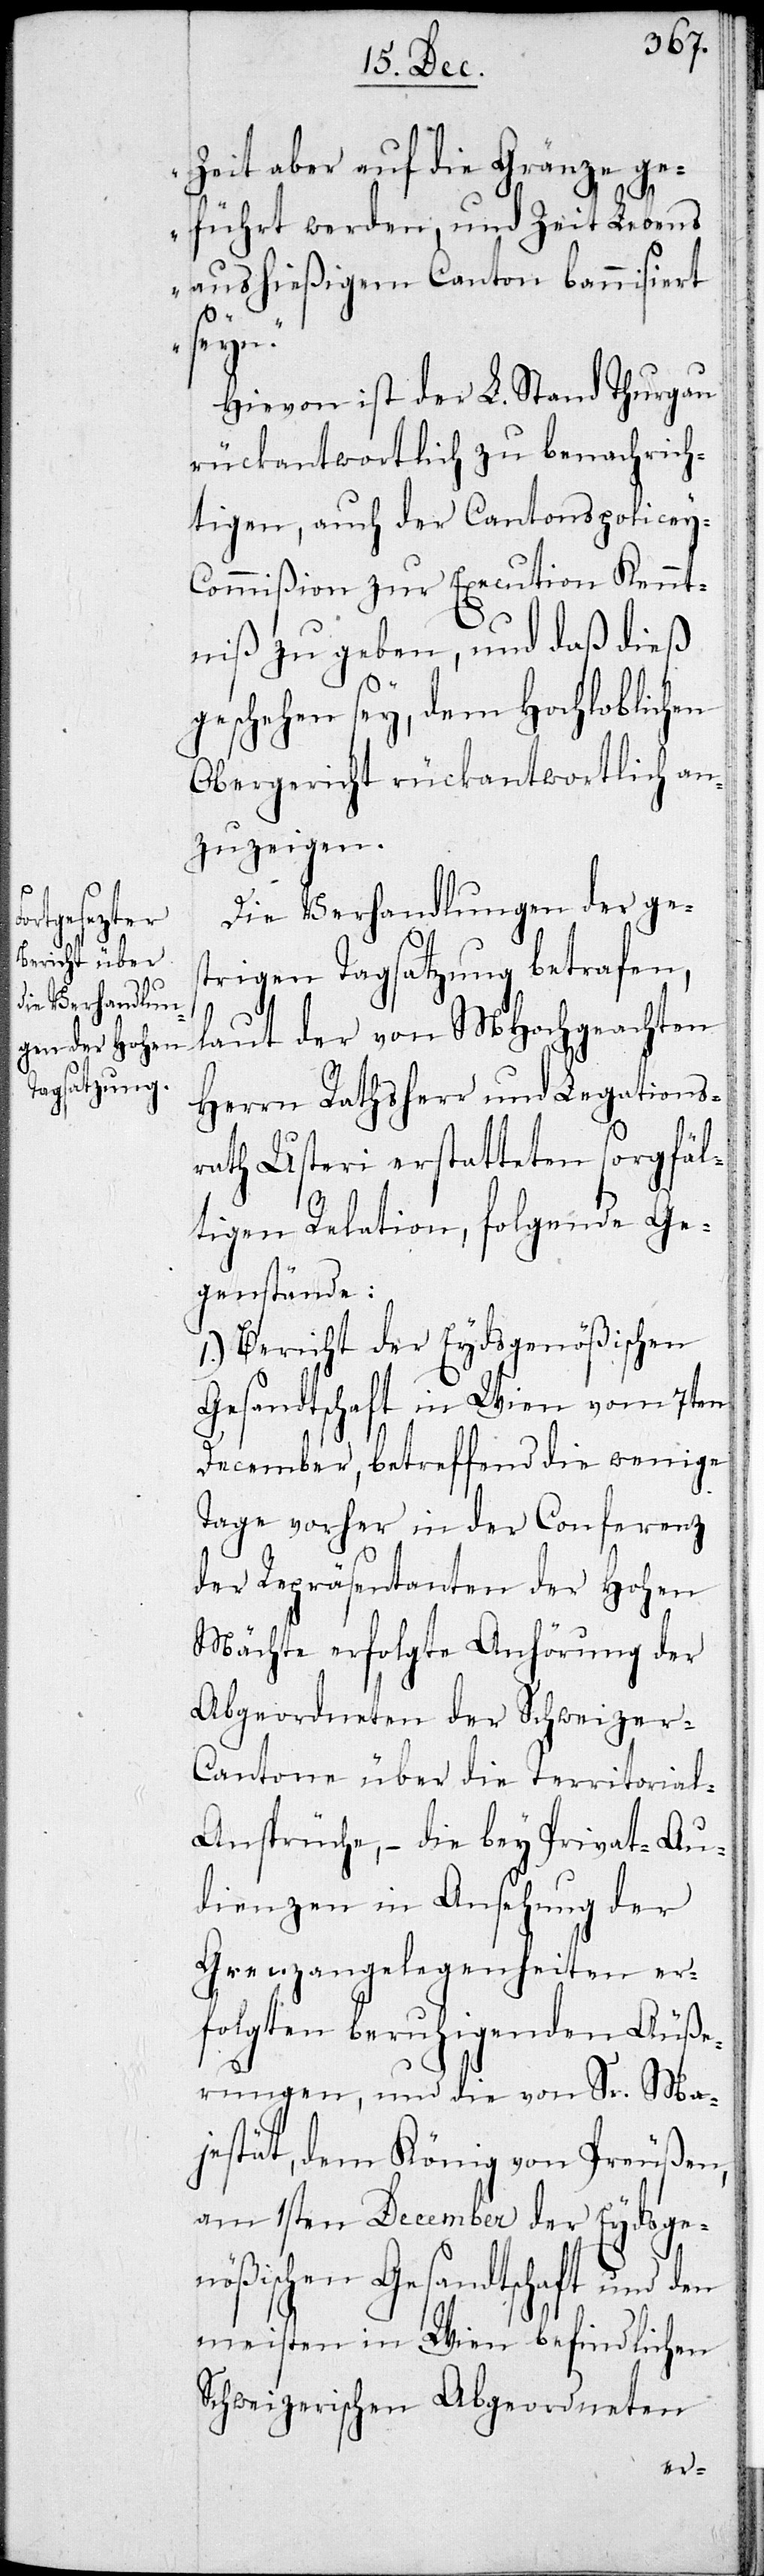
Zeit aber auf die Gränze ge¬
führt werden, und Zeit Lebens
aus hießigem Canton bannisiert
seyn.“
Hievon ist der L. Stand Thurgau
rückantwortlich zu benachrich¬
tigen, auch der Cantonspolizey-C¬
ommißion zur Execution Kennt¬
niß zu geben, und daß dies
geschehen sey, dem Hochloblichen
Obergericht rückantwortlich an¬
zuzeigen.
Die Verhandlungen der ges¬
trigen Tagsatzung betrafen,
laut der von MHochgeachten
Herren Rathsherr und Legations¬
rath Usteri erstatteten sorgfäl¬
tigen Relation folgende Ge¬
genstände:
1.) Bericht der Eydsgenößischen
Gesandtschaft in Wien vom 7ten
December, betreffend die wenige
Tage vorher in der Conferenz
der Repräsentanten der Hohen
Mächte erfolgte Anhörung der
Abgeordneten der Schweizer-C¬
antone über die Territorial-A¬
nsprüche, – die bey Privat-Au¬
dienzen in Ansehung der
Grenzangelegenheiten er¬
folgten beruhigenden Äuße¬
rungen, und die von Sr. Ma¬
jestät dem König von Preußen,
am 1sten December der Eydsge¬
nößischen Gesandtschaft und den
meisten in Wien befindlichen
Schweizerischen Abgeordneten